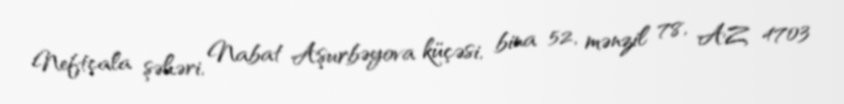
Neftçala şəhəri, Nabat Aşurbəyova küçəsi, bina 52, mənzil 78, AZ 4703